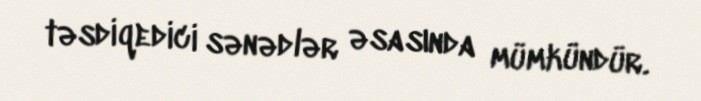
təsdiqedici sənədlər əsasında mümkündür.